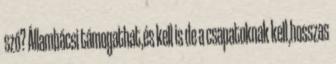
szó? Állambácsi támogathat,és kell is de a csapatoknak kell,hosszas